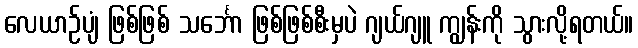
လေယာဉ်ပျံ ဖြစ်ဖြစ် သင်္ဘော ဖြစ်ဖြစ်စီးမှပဲ ဂျယ်ဂျူ ကျွန်းကို သွားလို့ရတယ်။